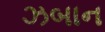
ઝબાન